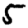
Digit: 5